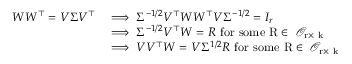
\begin{array} { r l } { W W ^ { \top } = V \Sigma V ^ { \top } } & { \implies \Sigma ^ { - 1 / 2 } V ^ { \top } W W ^ { \top } V \Sigma ^ { - 1 / 2 } = I _ { r } } \\ & { \implies \Sigma ^ { - 1 / 2 } V ^ { \top } W = R \ \mathrm { f o r ~ s o m e ~ R \in ~ \mathcal { O } _ { r \times ~ k } ~ } } \\ & { \implies V V ^ { \top } W = V \Sigma ^ { 1 / 2 } R \ \mathrm { f o r ~ s o m e ~ R \in ~ \mathcal { O } _ { r \times ~ k } ~ } } \end{array}